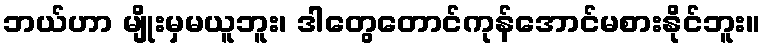
ဘယ်ဟာ မျိုးမှမယူဘူး၊ ဒါတွေတောင်ကုန်အောင်မစားနိုင်ဘူး။